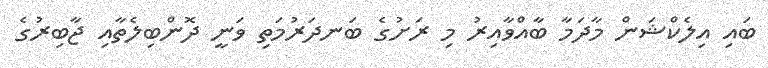
ބައި އިލެކްޝަން މާދަމާ ބާއްވާއިރު މި ރަށުގެ ބަނދަރުމަތި ވަނީ ދޮންބިލެތާއި ޖާބިރުގެ